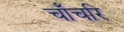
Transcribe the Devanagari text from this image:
चाँचरि